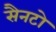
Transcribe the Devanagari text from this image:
सैनटो